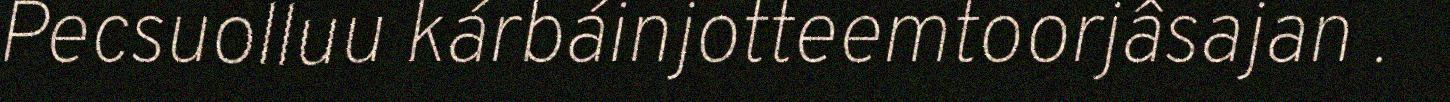
Pecsuolluu kárbáinjotteemtoorjâsajan .